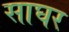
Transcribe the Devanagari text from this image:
साघर